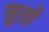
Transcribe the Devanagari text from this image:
सुतों